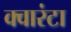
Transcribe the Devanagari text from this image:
क्वारंटा